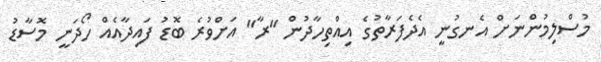
މުސްލިމުންނަށް އެނގުނީ އެދެފަރާތުގެ އިއްތިހާދުން "ރާ" އަށްވުރެ ބޮޑު ފައިދާއެއް ހޯދަނީ މޮސާޑު